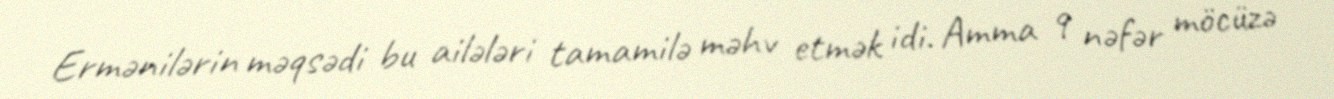
Ermənilərin məqsədi bu ailələri tamamilə məhv etmək idi. Amma 9 nəfər möcüzə